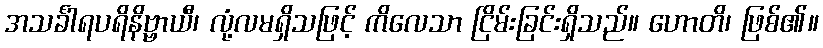
အသင်္ခါရပရိနိဗ္ဗာယီ၊ လုံ့လမရှိသဖြင့် ကိလေသာ ငြိမ်းခြင်းရှိသည်။ ဟောတိ၊ ဖြစ်၏။